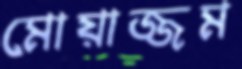
মোয়াজ্জম